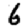
Digit: 6